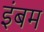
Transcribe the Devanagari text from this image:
इंबम